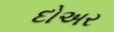
દોઅર